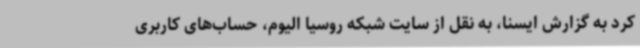
کرد به گزارش ایسنا، به نقل از سایت شبکه روسیا الیوم، حساب‌های کاربری